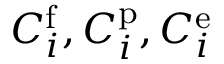
C _ { i } ^ { \mathrm { { f } } } , C _ { i } ^ { \mathrm { { p } } } , C _ { i } ^ { \mathrm { { e } } }